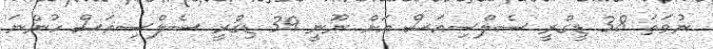
ނުވަތަ 38 ޑީގްރީ ސެލްސިއަސް އަށް ނޫނީ 39 ޑިގްރީ ސެލްސިއަސް ހުންނަ